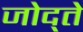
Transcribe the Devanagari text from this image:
जोद्ते